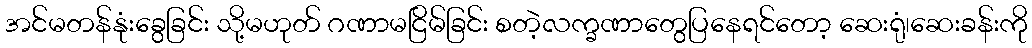
အင်မတန်နုံးခွေခြင်း သို့မဟုတ် ဂဏာမငြိမ်ခြင်း စတဲ့လက္ခဏာတွေပြနေရင်တော့ ဆေးရုံ၊ဆေးခန်းကို